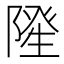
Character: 𮥓